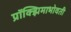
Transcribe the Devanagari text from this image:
प्रॉक्झिमाभोवती